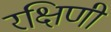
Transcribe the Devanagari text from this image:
रक्षिणी